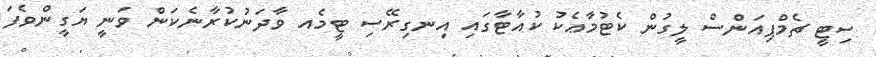
ސިޓީ ޗެމްޕިއަންސް ލީގުން ކެޓުމާޢެކު ކުއާޓާގައި އިނގިރޭސި ޓީމެއ ވާދަނުކުރާނެކަން ވަނީ ޔަގީންވެފަ